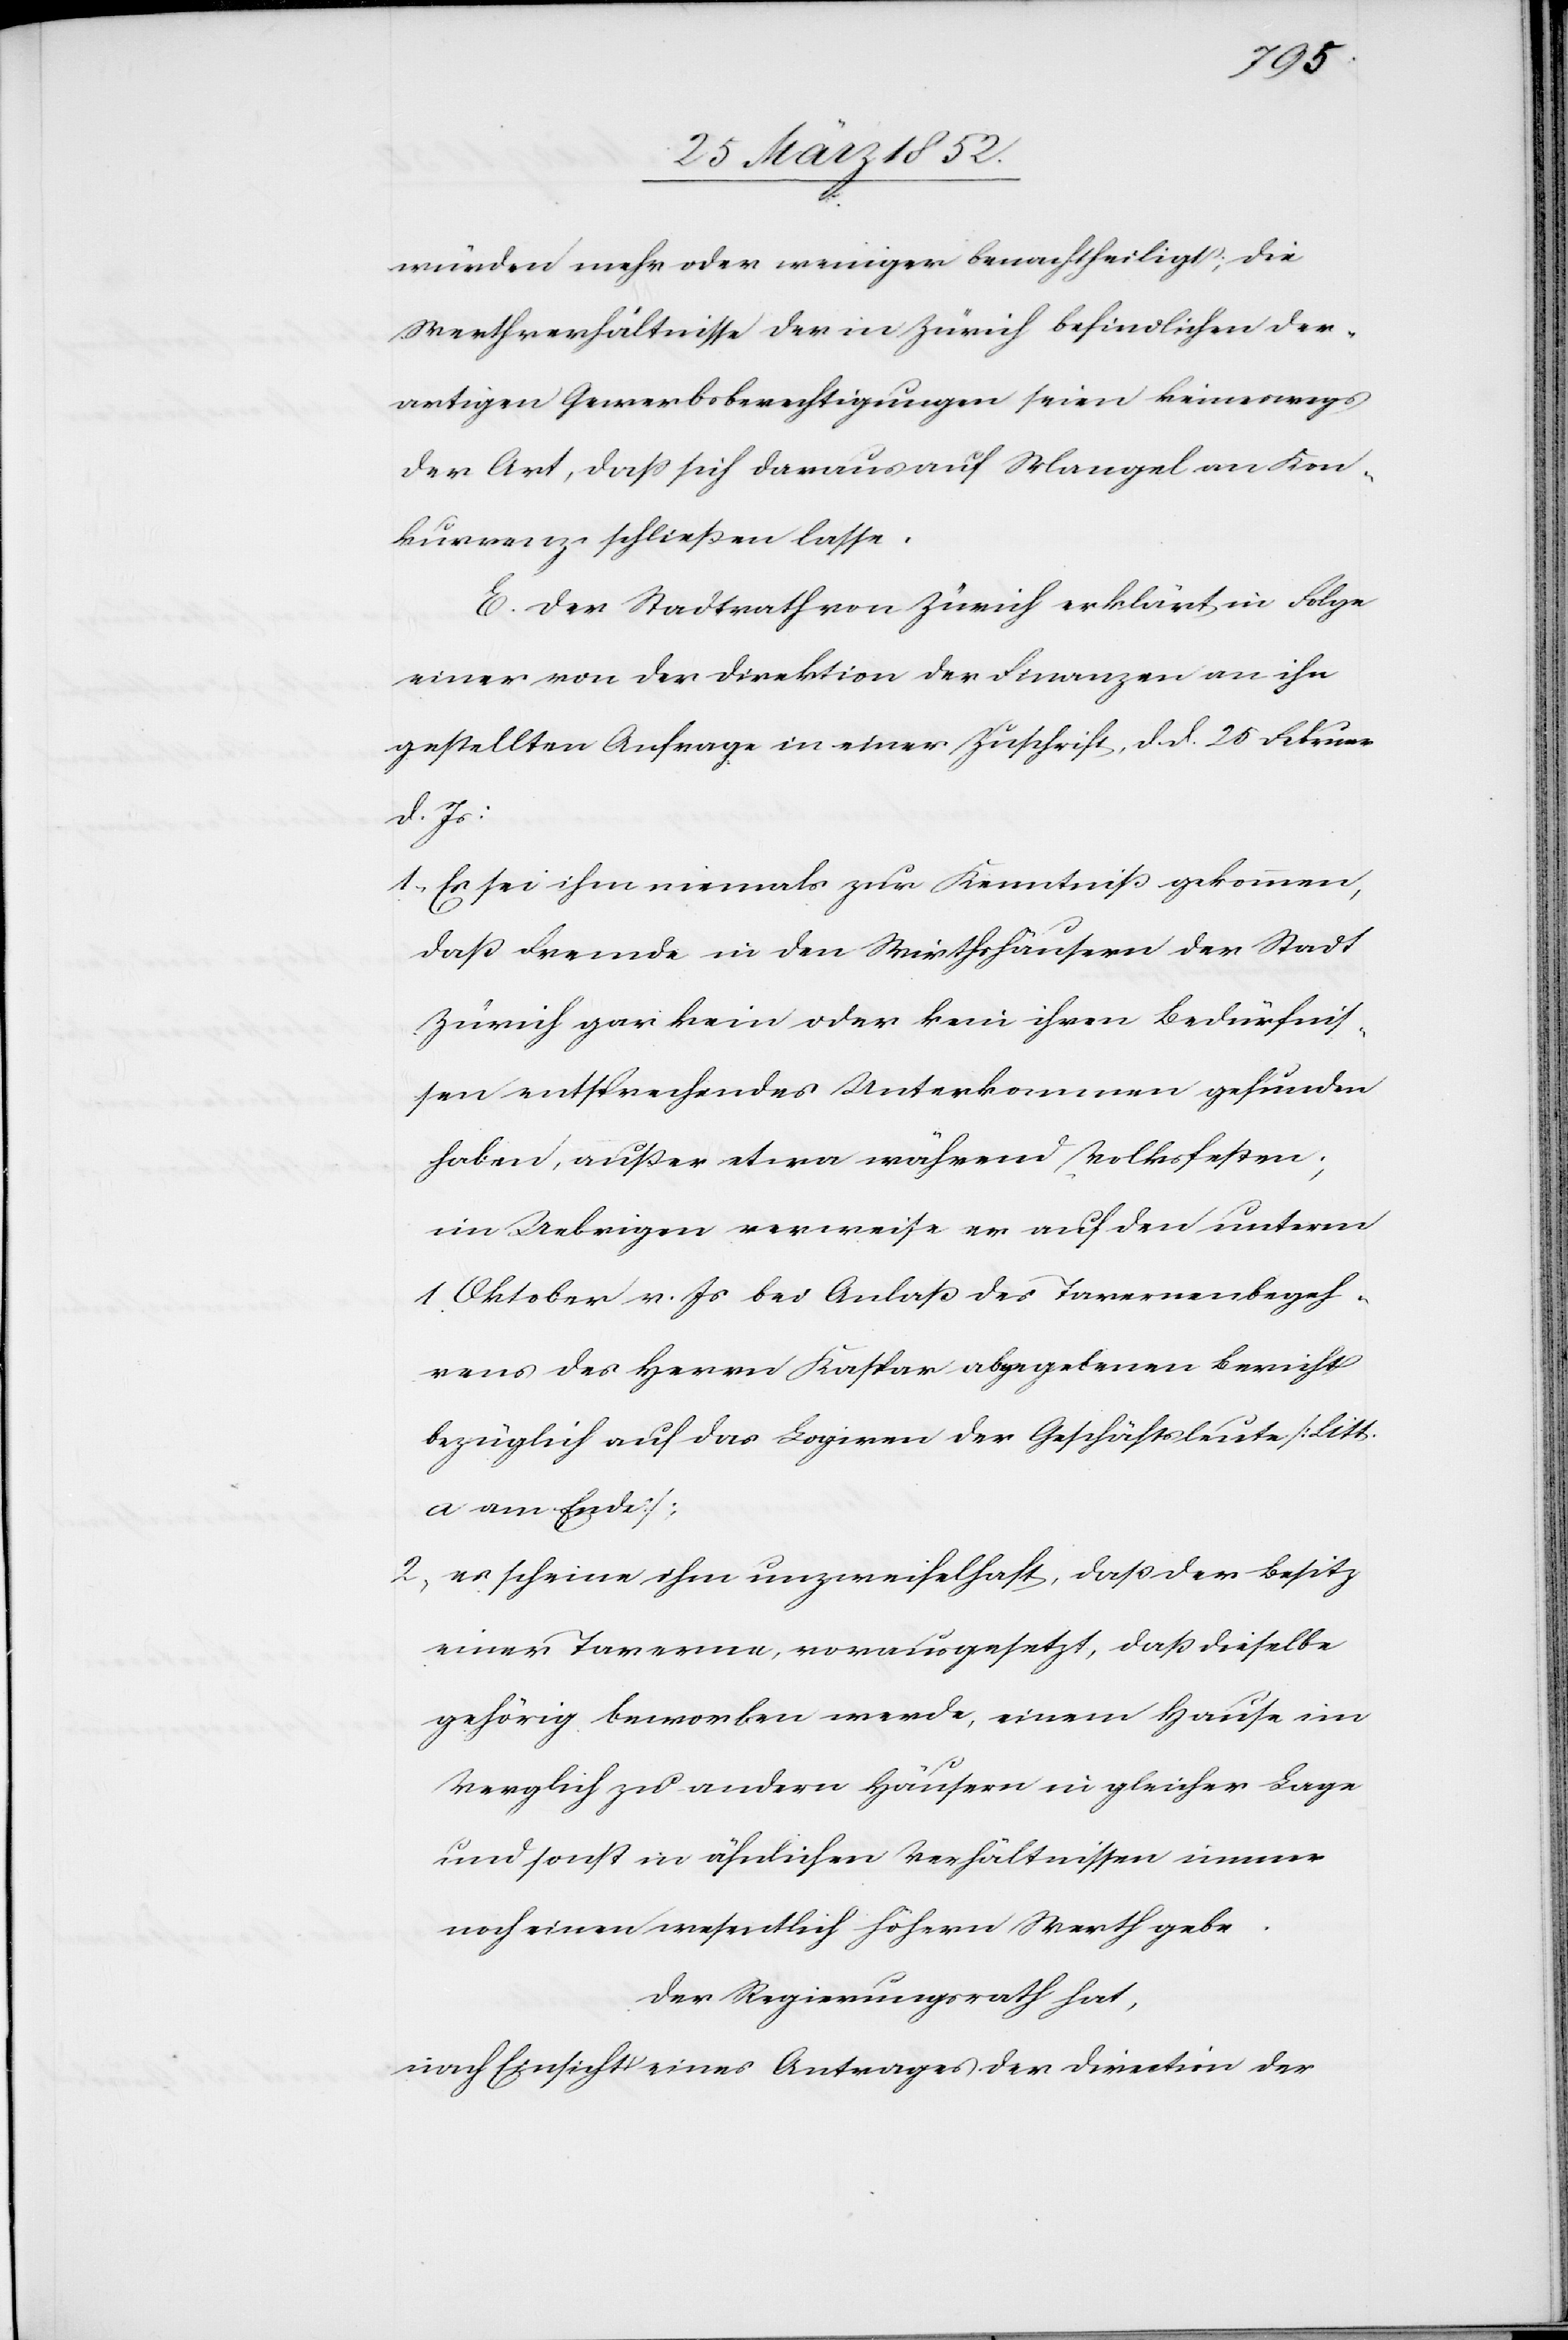
würden mehr oder weniger benachtheiligt; die
Werthverhältnisse der in Zürich befindlichen der¬
artigen Gewerbsberechtigungen seien keineswegs
der Art, daß sich daraus auf Mangel an Kon¬
kurrenz schließen lasse.
E. Der Stadtrath Zürich erklärt in Folge
einer von der Direktion der Finanzen an ihn
gestellten Anfrage in einer Zuschrift, d. d. 25 Februar
d. Js:
1. Es sei ihm niemals zur Kenntniß gekommen,
daß Fremde in den Wirthshäusern der Stadt
Zürich gar kein oder kein ihren Bedürfnis¬
sen entsprechendes Unterkommen gefunden
haben, außer etwa während Volksfesten.
Im Uebrigen verweise er auf den unterm
1. Oktober v. Js bei Anlaß des Tavernenbegeh¬
rens des Herrn Kaspar abgegebenen Bericht
bezüglich auf das Logiren der Geschäftsleute [Litt.
a am Ende];
2. es scheine ihm unzweifelhaft, daß der Besitz
einer Taverne, vorausgesetzt, daß dieselbe
gehörig beworben werde, einem Hause im
Vergleich zu andern Häusern in gleicher Lage
uns sonst in ähnlichen Verhältnissen immer
noch einen wesentlich höhern Werth gebe.
Der Regierungsrath hat,
nach Einsicht eines Antrages der Direction der